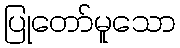
ပြုတော်မူသော